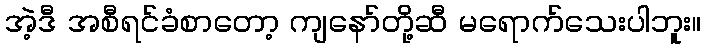
အဲ့ဒီ အစီရင်ခံစာတော့ ကျနော်တို့ဆီ မရောက်သေးပါဘူး။